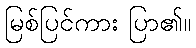
မြစ်ပြင်ကား ပြာ၏။